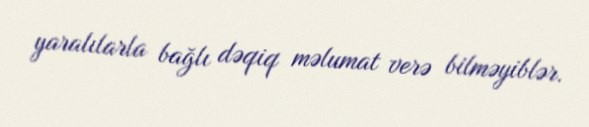
yaralılarla bağlı dəqiq məlumat verə bilməyiblər.